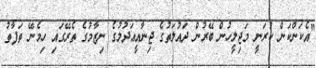
"އެކަންކަން ކުރަނީ މަޖިލީހުން ބޭރުން ދައުލަތުގެ ޖިނާއީޢަދުލުގެ ނިޒާމުގެ ތެރޭގައި ހިމެނޭ ތަފާތު